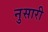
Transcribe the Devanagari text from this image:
नुसारी